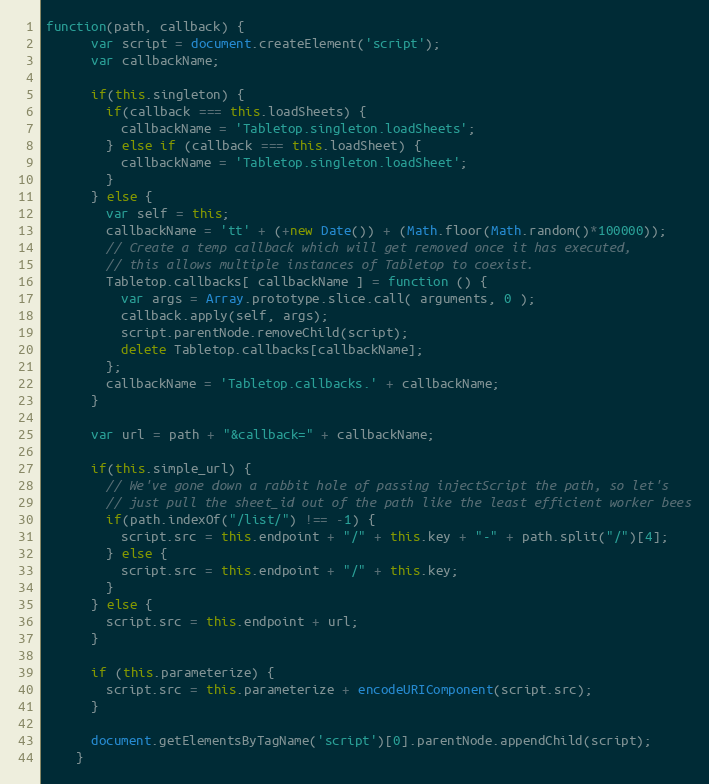
Language: JavaScript
function(path, callback) {
      var script = document.createElement('script');
      var callbackName;

      if(this.singleton) {
        if(callback === this.loadSheets) {
          callbackName = 'Tabletop.singleton.loadSheets';
        } else if (callback === this.loadSheet) {
          callbackName = 'Tabletop.singleton.loadSheet';
        }
      } else {
        var self = this;
        callbackName = 'tt' + (+new Date()) + (Math.floor(Math.random()*100000));
        // Create a temp callback which will get removed once it has executed,
        // this allows multiple instances of Tabletop to coexist.
        Tabletop.callbacks[ callbackName ] = function () {
          var args = Array.prototype.slice.call( arguments, 0 );
          callback.apply(self, args);
          script.parentNode.removeChild(script);
          delete Tabletop.callbacks[callbackName];
        };
        callbackName = 'Tabletop.callbacks.' + callbackName;
      }

      var url = path + "&callback=" + callbackName;

      if(this.simple_url) {
        // We've gone down a rabbit hole of passing injectScript the path, so let's
        // just pull the sheet_id out of the path like the least efficient worker bees
        if(path.indexOf("/list/") !== -1) {
          script.src = this.endpoint + "/" + this.key + "-" + path.split("/")[4];
        } else {
          script.src = this.endpoint + "/" + this.key;
        }
      } else {
        script.src = this.endpoint + url;
      }

      if (this.parameterize) {
        script.src = this.parameterize + encodeURIComponent(script.src);
      }

      document.getElementsByTagName('script')[0].parentNode.appendChild(script);
    }